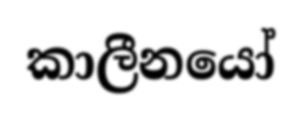
කාලීනයෝ